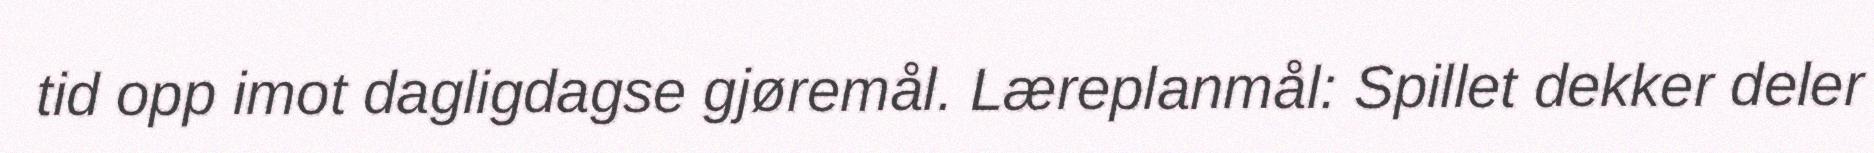
tid opp imot dagligdagse gjøremål. Læreplanmål: Spillet dekker deler